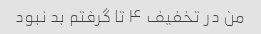
من در تخفیف ۴ تا گرفتم بد نبود